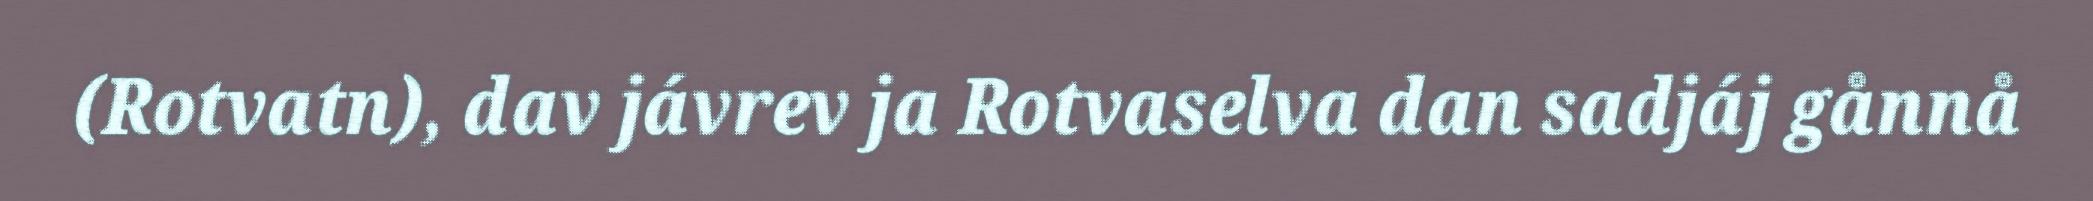
(Rotvatn), dav jávrev ja Rotvaselva dan sadjáj gånnå